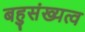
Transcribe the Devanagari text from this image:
बहुसंख्यत्व